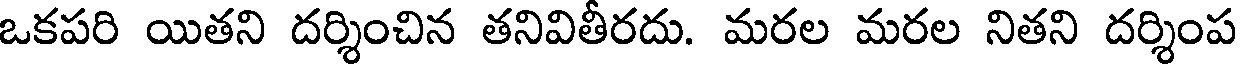
ఒకపరి యితని దర్శించిన తనివితీరదు. మరల మరల నితని దర్శింప